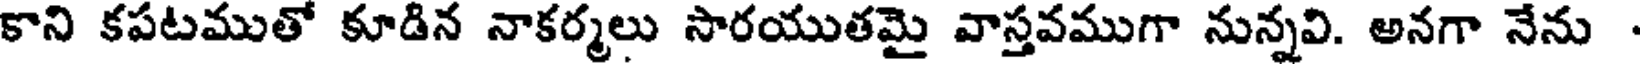
కాని కపటముతో కూడిన నాకర్మలు సారయుతమై వాస్తవముగా నున్నవి. అనగా నేను